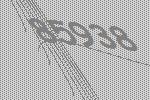
85938